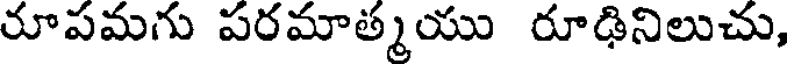
రూపమగు పరమాత్మయు రూఢినిలుచు,